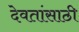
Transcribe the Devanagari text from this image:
देवतांसाठी